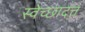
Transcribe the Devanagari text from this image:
स्वेच्छादत्त